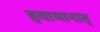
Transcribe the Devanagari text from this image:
हवामानात्